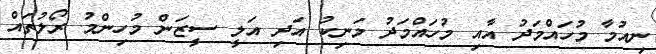
ނިއުމާ މުހައްމަދު އާއި މުހައްމަދު މަނިކު އަދި އަލީ ސީޒަން މުހިންމު ރޯލުތައް